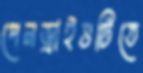
পেনড্রাইভটিতে